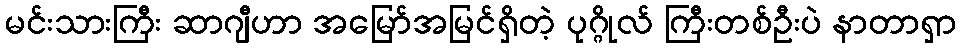
မင်းသားကြီး ဆာဂျီဟာ အမြော်အမြင်ရှိတဲ့ ပုဂ္ဂိုလ် ကြီးတစ်ဦးပဲ နာတာရှာ